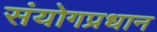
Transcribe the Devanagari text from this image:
संयोगप्रधान